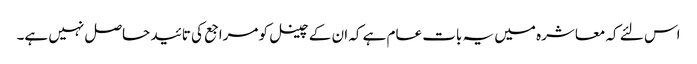
اس لئے کہ معاشرہ میں یہ بات عام ہے کہ ان کے چینل کو مراجع کی تائید حاصل نہیں ہے۔